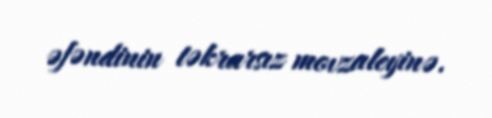
əfəndinin təkrarsız movzaleyinə.